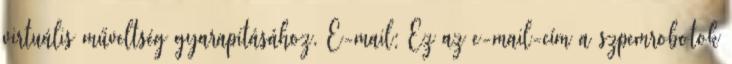
virtuális műveltség gyarapításához. E-mail: Ez az e-mail-cím a szpemrobotok